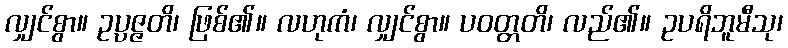
လျှင်စွာ။ ဥပ္ပဇ္ဇတိ၊ ဖြစ်၏။ လဟုကံ၊ လျှင်စွာ။ ပဝတ္တတိ၊ လည်၏။ ဥပရိဘူမီသု၊